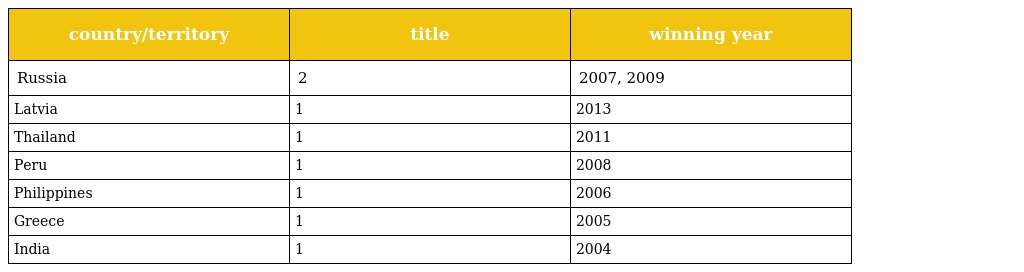
| country/territory | title | winning year |
 | --- | --- | --- |
 | Russia | 2 | 2007, 2009 |
 | Latvia | 1 | 2013 |
 | Thailand | 1 | 2011 |
 | Peru | 1 | 2008 |
 | Philippines | 1 | 2006 |
 | Greece | 1 | 2005 |
 | India | 1 | 2004 |